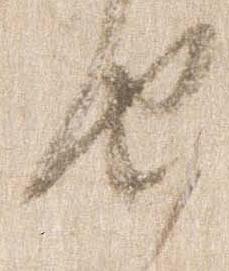
由